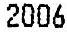
2006